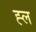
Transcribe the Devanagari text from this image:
ह्ल